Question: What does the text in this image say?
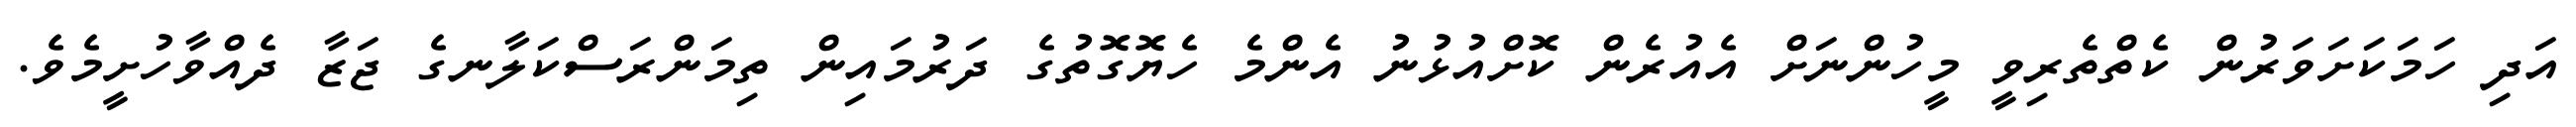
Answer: އަދި ހަމަކަށަވަރުން ކެތްތެރިވީ މީހުންނަށް އެއުރެން ކޮށްއުޅުނު އެންމެ ހެޔޮގޮތުގެ ދަރުމައިން ތިމަންރަސްކަލާނގެ ޖަޒާ ދެއްވާހުށީމެވެ.